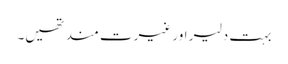
بہت دلیر اور غیرت مند تھیں۔